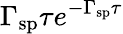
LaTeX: \Gamma_{\mathrm{sp}}\tau e^{-\Gamma_{\mathrm{sp}}\tau}